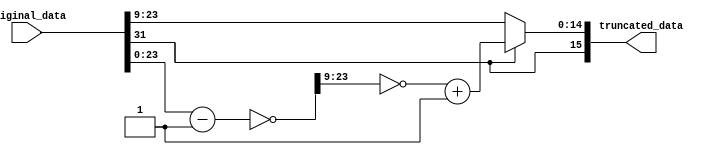
module truncate32_16(original_data, truncated_data);
input [31:0] original_data;
output [15:0] truncated_data;


wire[15:0] truncated_data;
reg[31:0] transfer_data1;
reg[14:0] transfer_data2;

always@(original_data)
 begin
   if(original_data[31])
     begin
	  
     transfer_data1=~(original_data-32'b1);
     transfer_data2= ~transfer_data1[23:9]+15'b1;
     
     end
   else
     transfer_data2=original_data[23:9];
 end
 assign truncated_data={original_data[31],transfer_data2};
 endmodule